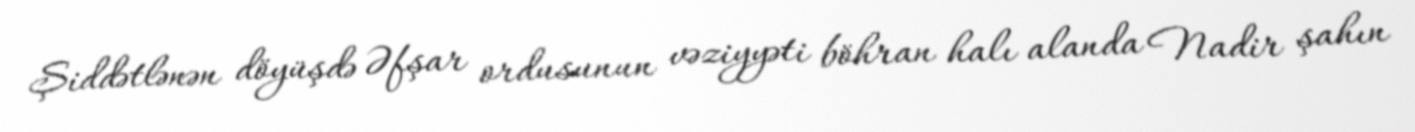
Şiddətlənən döyüşdə Əfşar ordusunun vəziyyəti böhran halı alanda Nadir şahın